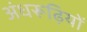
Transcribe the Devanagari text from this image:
अंधरूढ़ियों